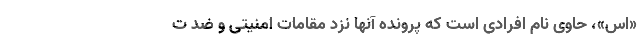
«اس»، حاوی نام افرادی است که پرونده آنها نزد مقامات امنیتی و ضد ت